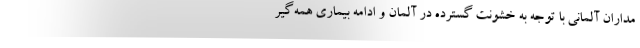
مداران آلمانی با توجه به خشونت گسترده در آلمان و ادامه بیماری همه‌گیر